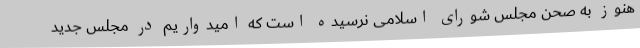
هنوز به صحن مجلس شورای اسلامی نرسیده است که امیدواریم در مجلس جدید